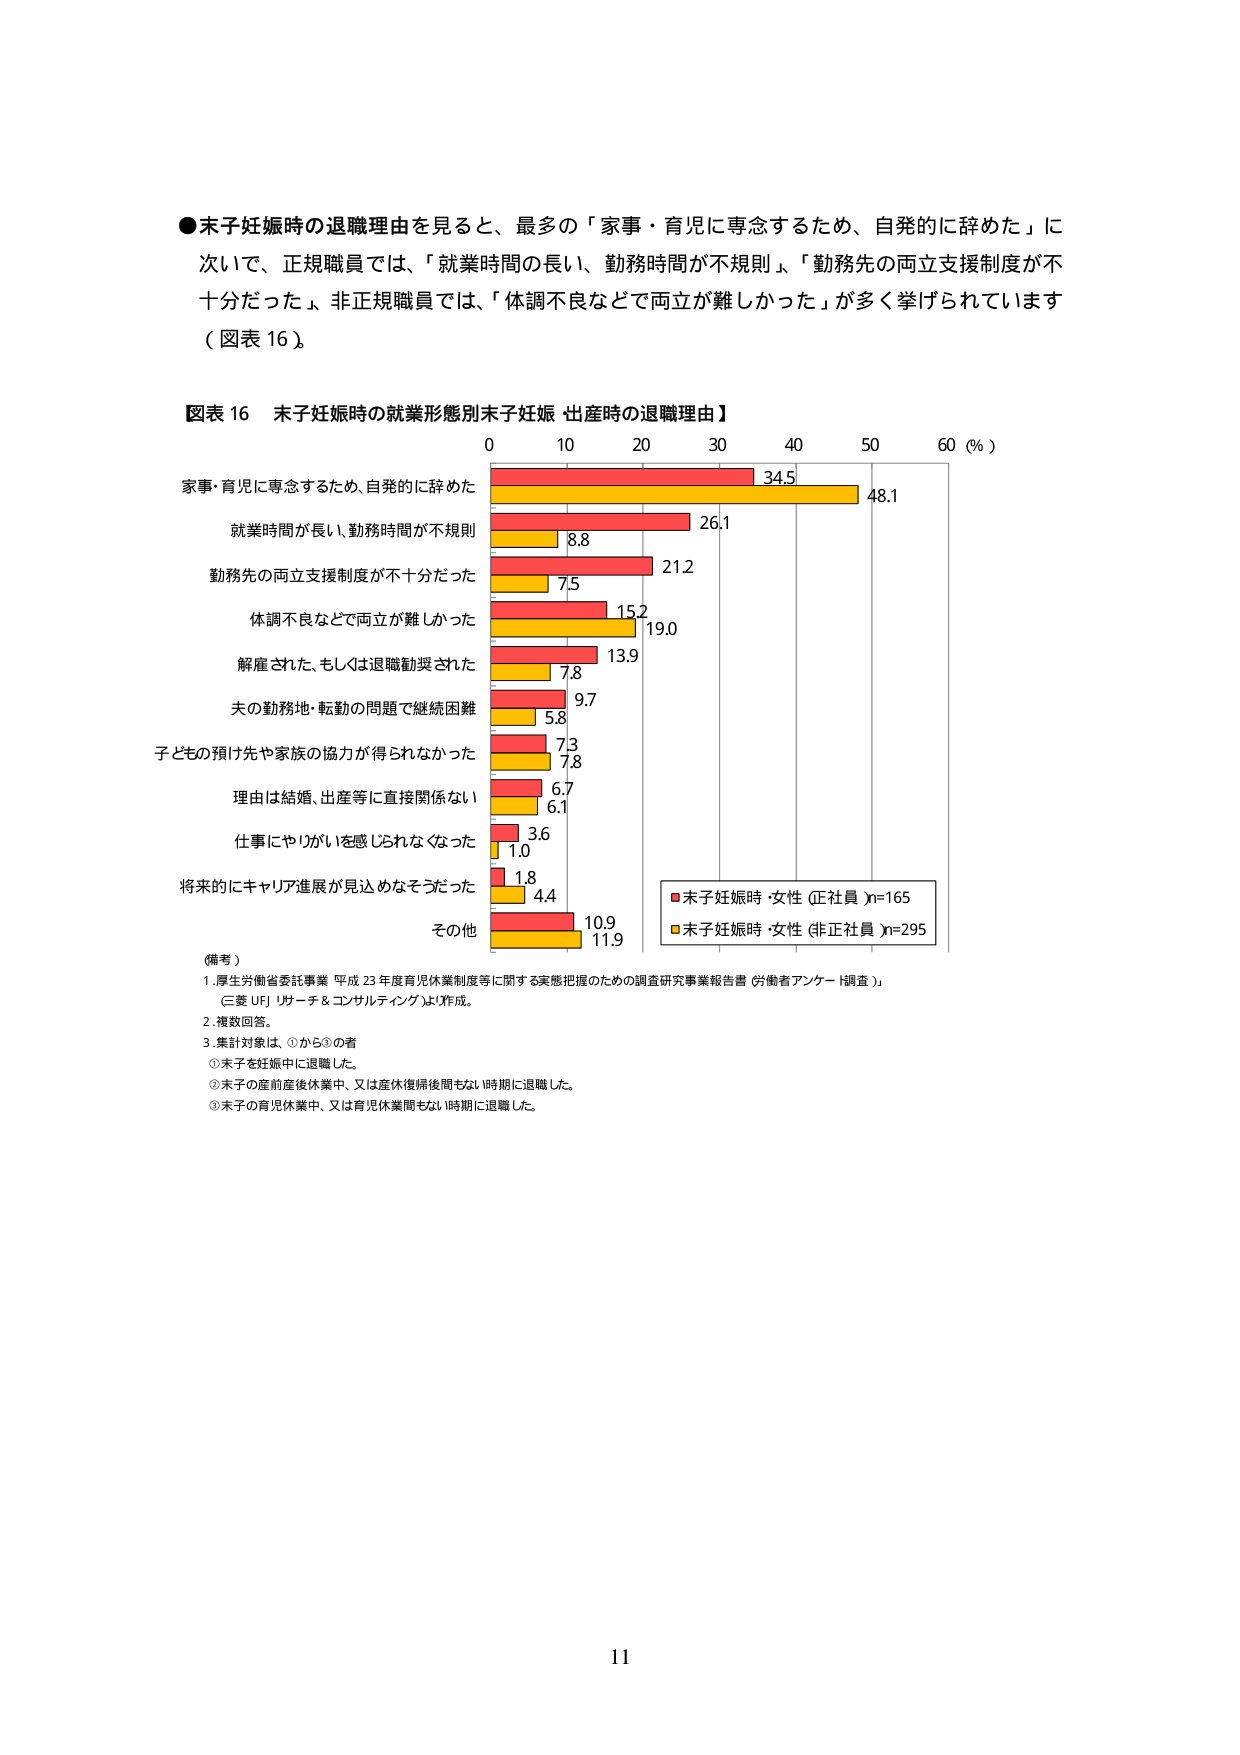
●末子妊娠時の退職理由を見ると、最多の「家事・育児に専念するため、自発的に辞めた」に次いで、正規職員では、「就業時間の長い、勤務時間が不規則」、「勤務先の両立支援制度が不十分だった」、非正規職員では、「体調不良などで両立が難しかった」が多く挙げられています（図表16）。

図表16 末子妊娠時の就業形態別末子妊娠・出産時の退職理由】

0 10 20 30 40 50 60（％）

家事・育児に専念するため、自発的に辞めた 34.5 48.1
就業時間が長い、勤務時間が不規則 26.1 8.8
勤務先の両立支援制度が不十分だった 21.2 7.5
体調不良などで両立が難しかった 15.2 19.0
解雇された、もしくは退職勧奨された 13.9 7.8
夫の勤務地・転勤の問題で継続困難 9.7 5.8
子どもの預け先や家族の協力が得られなかった 7.3 7.8
理由は結婚、出産等に直接関係ない 6.7 6.1
仕事にやりがいを感じられなくなった 3.6 1.0
将来的にキャリア進展が見込めなさそうだった 1.8 4.4
その他 10.9 11.9

■末子妊娠時・女性（正社員）n=165
■末子妊娠時・女性（非正社員）n=295

（備考）
1. 厚生労働省委託事業 平成23年度育児休業制度等に関する実態把握のための調査研究事業報告書（労働者アンケート調査）」（三菱UFJリサーチ＆コンサルティング）より作成。
2. 複数回答。
3. 集計対象は、①から③の者
①末子を妊娠中に退職した。
②末子の産前産後休業中、又は産休復帰後間もない時期に退職した。
③末子の育児休業中、又は育児休業間もない時期に退職した。

11